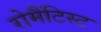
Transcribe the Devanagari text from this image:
रोमैंटिस्ट